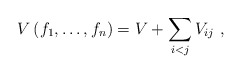
\begin{align*}V\left( f_{1}, \dots, f_{n}\right) =V+\sum_{i<j}V_{ij}\ , \end{align*}